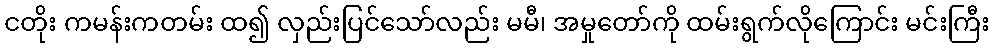
ငတိုး ကမန်းကတမ်း ထ၍ လှည်းပြင်သော်လည်း မမီ၊ အမှုတော်ကို ထမ်းရွက်လိုကြောင်း မင်းကြီး